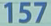
157